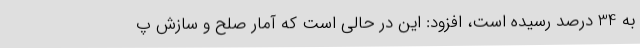
به 34 درصد رسیده است، افزود: این در حالی است که آمار صلح و سازش پ